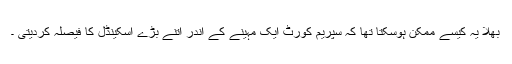
بھلا یہ کیسے ممکن ہوسکتا تھا کہ سپریم کورٹ ایک مہینے کے اندر اتنے بڑے اسکینڈل کا فیصلہ کردیتی ۔